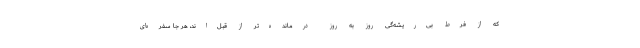
که از فرط بی‌ریشه‌گی روز به روز درمانده‌تر از قبل‌اند، هر جا سفره‌ای